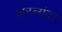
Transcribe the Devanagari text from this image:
अरलांदा